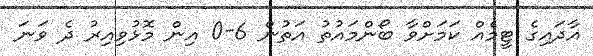
އާދައިގެ ޓީމެއް ކަމަށްވާ ބޯންމައުތު އަތުން 6-0 އިން މޮޅުވިއިރު ދެ ވަނަ